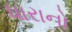
ધારાનો